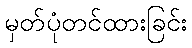
မှတ်ပုံတင်ထားခြင်း